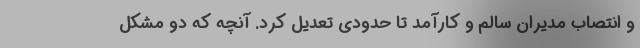
و انتصاب مدیران سالم و کارآمد تا حدودی تعدیل کرد. آنچه که دو مشکل